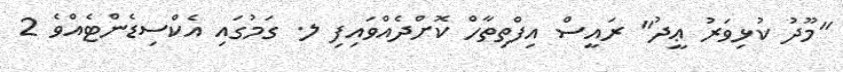
"މޫދު ކުޅިވަރު ޢީދު" ރައީސް އިފްތިތާހް ކޮށްދެއްވައިފި ލ. ގަމުގައި އެކްސިޑެންޓެއްވެ 2